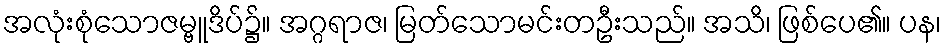
အလုံးစုံသောဇမ္ဗူဒိပ်၌။ အဂ္ဂရာဇ၊ မြတ်သောမင်းတဦးသည်။ အသိ၊ ဖြစ်ပေ၏။ ပန၊